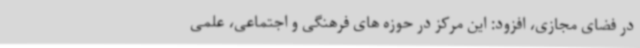
در فضای مجازی، افزود: این مرکز در حوزه های فرهنگی و اجتماعی، علمی